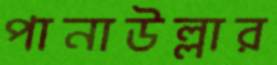
পানাউল্লার